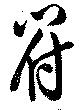
符